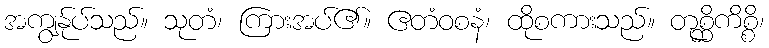
အကျွန်ုပ်သည်။ သုတံ၊ ကြားအပ်၏။ ဧတံဝစနံ၊ ထိုစကားသည်။ တုစ္ဆိကိစ္စိ၊